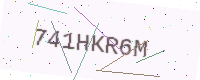
Text: 741HKR6M